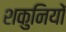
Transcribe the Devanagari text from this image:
शकुनियों